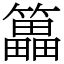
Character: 䉪